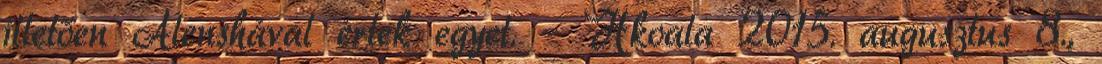
illetően Alenshával értek egyet. – Hkoala 2015. augusztus 8.,